Scottish Leaving Certificate Examination, 1956
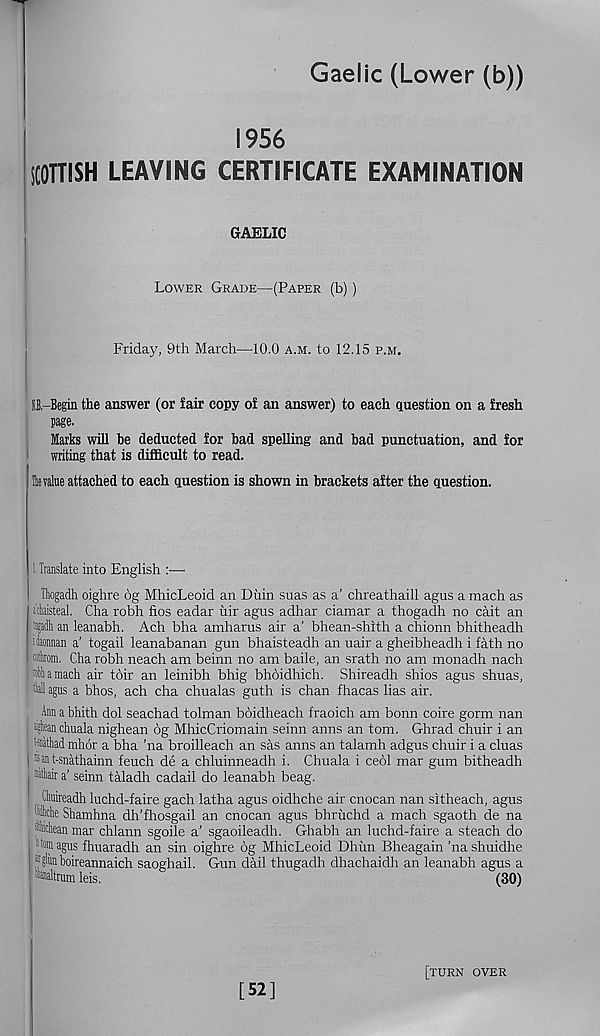
Gaelic (Lower (b))
I
1956
SCOTTISH LEAVING CERTIFICATE EXAMINATION
GAELIC
Lower Grade—(Paper (b))
Friday, 9th March—10.0 a.m. to 12.15 p.m.
O-Begin the answer (or fair copy of an answer) to each question on a fresh
page.
Marks will be deducted for bad spelling and bad punctuation, and for
writing that is difficult to read.
& value attached to each question is shown in brackets after the question.
1, Translate into English :■—•
Thogadh oighre 6g MhicLeoid an Diiin suas as a’ chreathaill agus a mach as
flaisteal. Cha robh fios eadar uir agus adhar ciamar a thogadh no cait an
Itijadh an leanabh. Ach bha amharus air a’ bhean-shith a chionn bhitheadh
iiaonnan a’ togail leanabanan gun bhaisteadh an uair a gheibheadh i fath no
prom. Cha robh neach am beinn no am baile, an srath no am monadh nach
it a mach air t6ir an leinibh bhig bhoidhich. Shireadh shios agus shuas,
M agus a bhos, ach cha chualas guth is chan fhacas lias air.
Ann a bhith dol seachad tolman boidheach fraoich am bonn coire gorm nan
j ^hnchuala nighean 6g MhicCriomain seinn anns an tom. Ghrad chuir i an
rsnathad mhor a bha 'na broilleach an sas anns an talamh adgus chuir i a cluas
| ®an t-snathainn feuch de a chluinneadh i. Chuala i ceol mar gum bitheadh
| ithair a’ seinn taladh cadail do leanabh beag.
Ctaireadh luchd-faire gach latha agus oidhche air cnocan nan sitheach, agus
while Shamhna dh’fhosgail an cnocan agus bhruchd a mach sgaoth de na
:| ikichean mar chlann sgoile a’ sgaoileadh. Ghabh an luchd-faire a steach do
1 torn agus fhuaradh an sin oighre 6g MhicLeoid Dhim Bheagain 'nashuidhe
; Jglimboireannaich saoghail. Gun dail thugadh dhachaidh an leanabh agus a
inaltrum leis.
(30)
[52]
[turn over